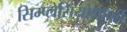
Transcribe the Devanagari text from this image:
सिम्प्लेसियोमॉर्फी